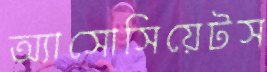
অ্যাসোসিয়েটস